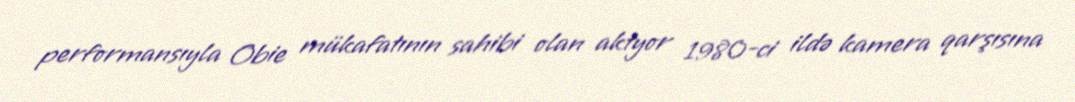
performansıyla Obie mükafatının sahibi olan aktyor 1980-ci ildə kamera qarşısına